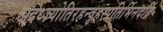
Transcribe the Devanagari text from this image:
अदध्ज्र्योतिरहन्वृहस्पतिर्भिनदद्रिं